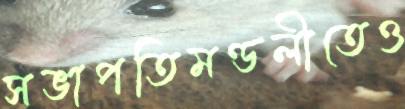
সভাপতিমণ্ডলীতেও